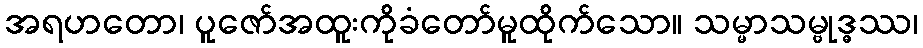
အရဟတော၊ ပူဇော်အထူးကိုခံတော်မူထိုက်သော။ သမ္မာသမ္ဗုဒ္ဓဿ၊